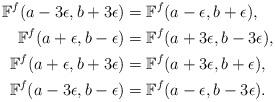
LaTeX: \begin{align*}\begin{aligned} \mathbb F^f(a-3\epsilon, b+3\epsilon)&= \mathbb F^f(a-\epsilon, b+\epsilon) ,\\ \mathbb F^f(a+\epsilon, b-\epsilon) &= \mathbb F^f(a+3\epsilon, b-3\epsilon),\\ \mathbb F^f(a+\epsilon, b+3\epsilon) &= \mathbb F^f(a+3\epsilon, b+\epsilon),\\ \mathbb F^f(a-3\epsilon, b-\epsilon) &= \mathbb F^f(a-\epsilon, b-3\epsilon).\end{aligned}\end{align*}